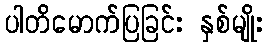
ပါတိမောက်ပြခြင်း နှစ်မျိုး